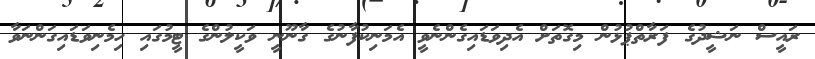
ރައީސް ނަޝީދުގެ ފަރާތްޕުޅުން މިގޮތަށް އެދިވަޑައިގެންނެވީ އެމަނިކުފާނުގެ ގާނޫނީ ވަކީލުންގެ ޓީމުގައި ހިމެނިވަޑައިގަންނަވާ